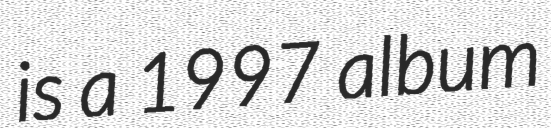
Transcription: is a 1997 album